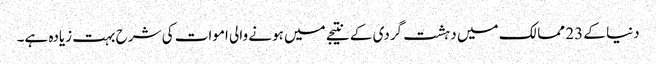
دنیا کے 23 ممالک میں دہشت گردی کے نتیجے میں ہونے والی اموات کی شرح بہت زیادہ ہے۔